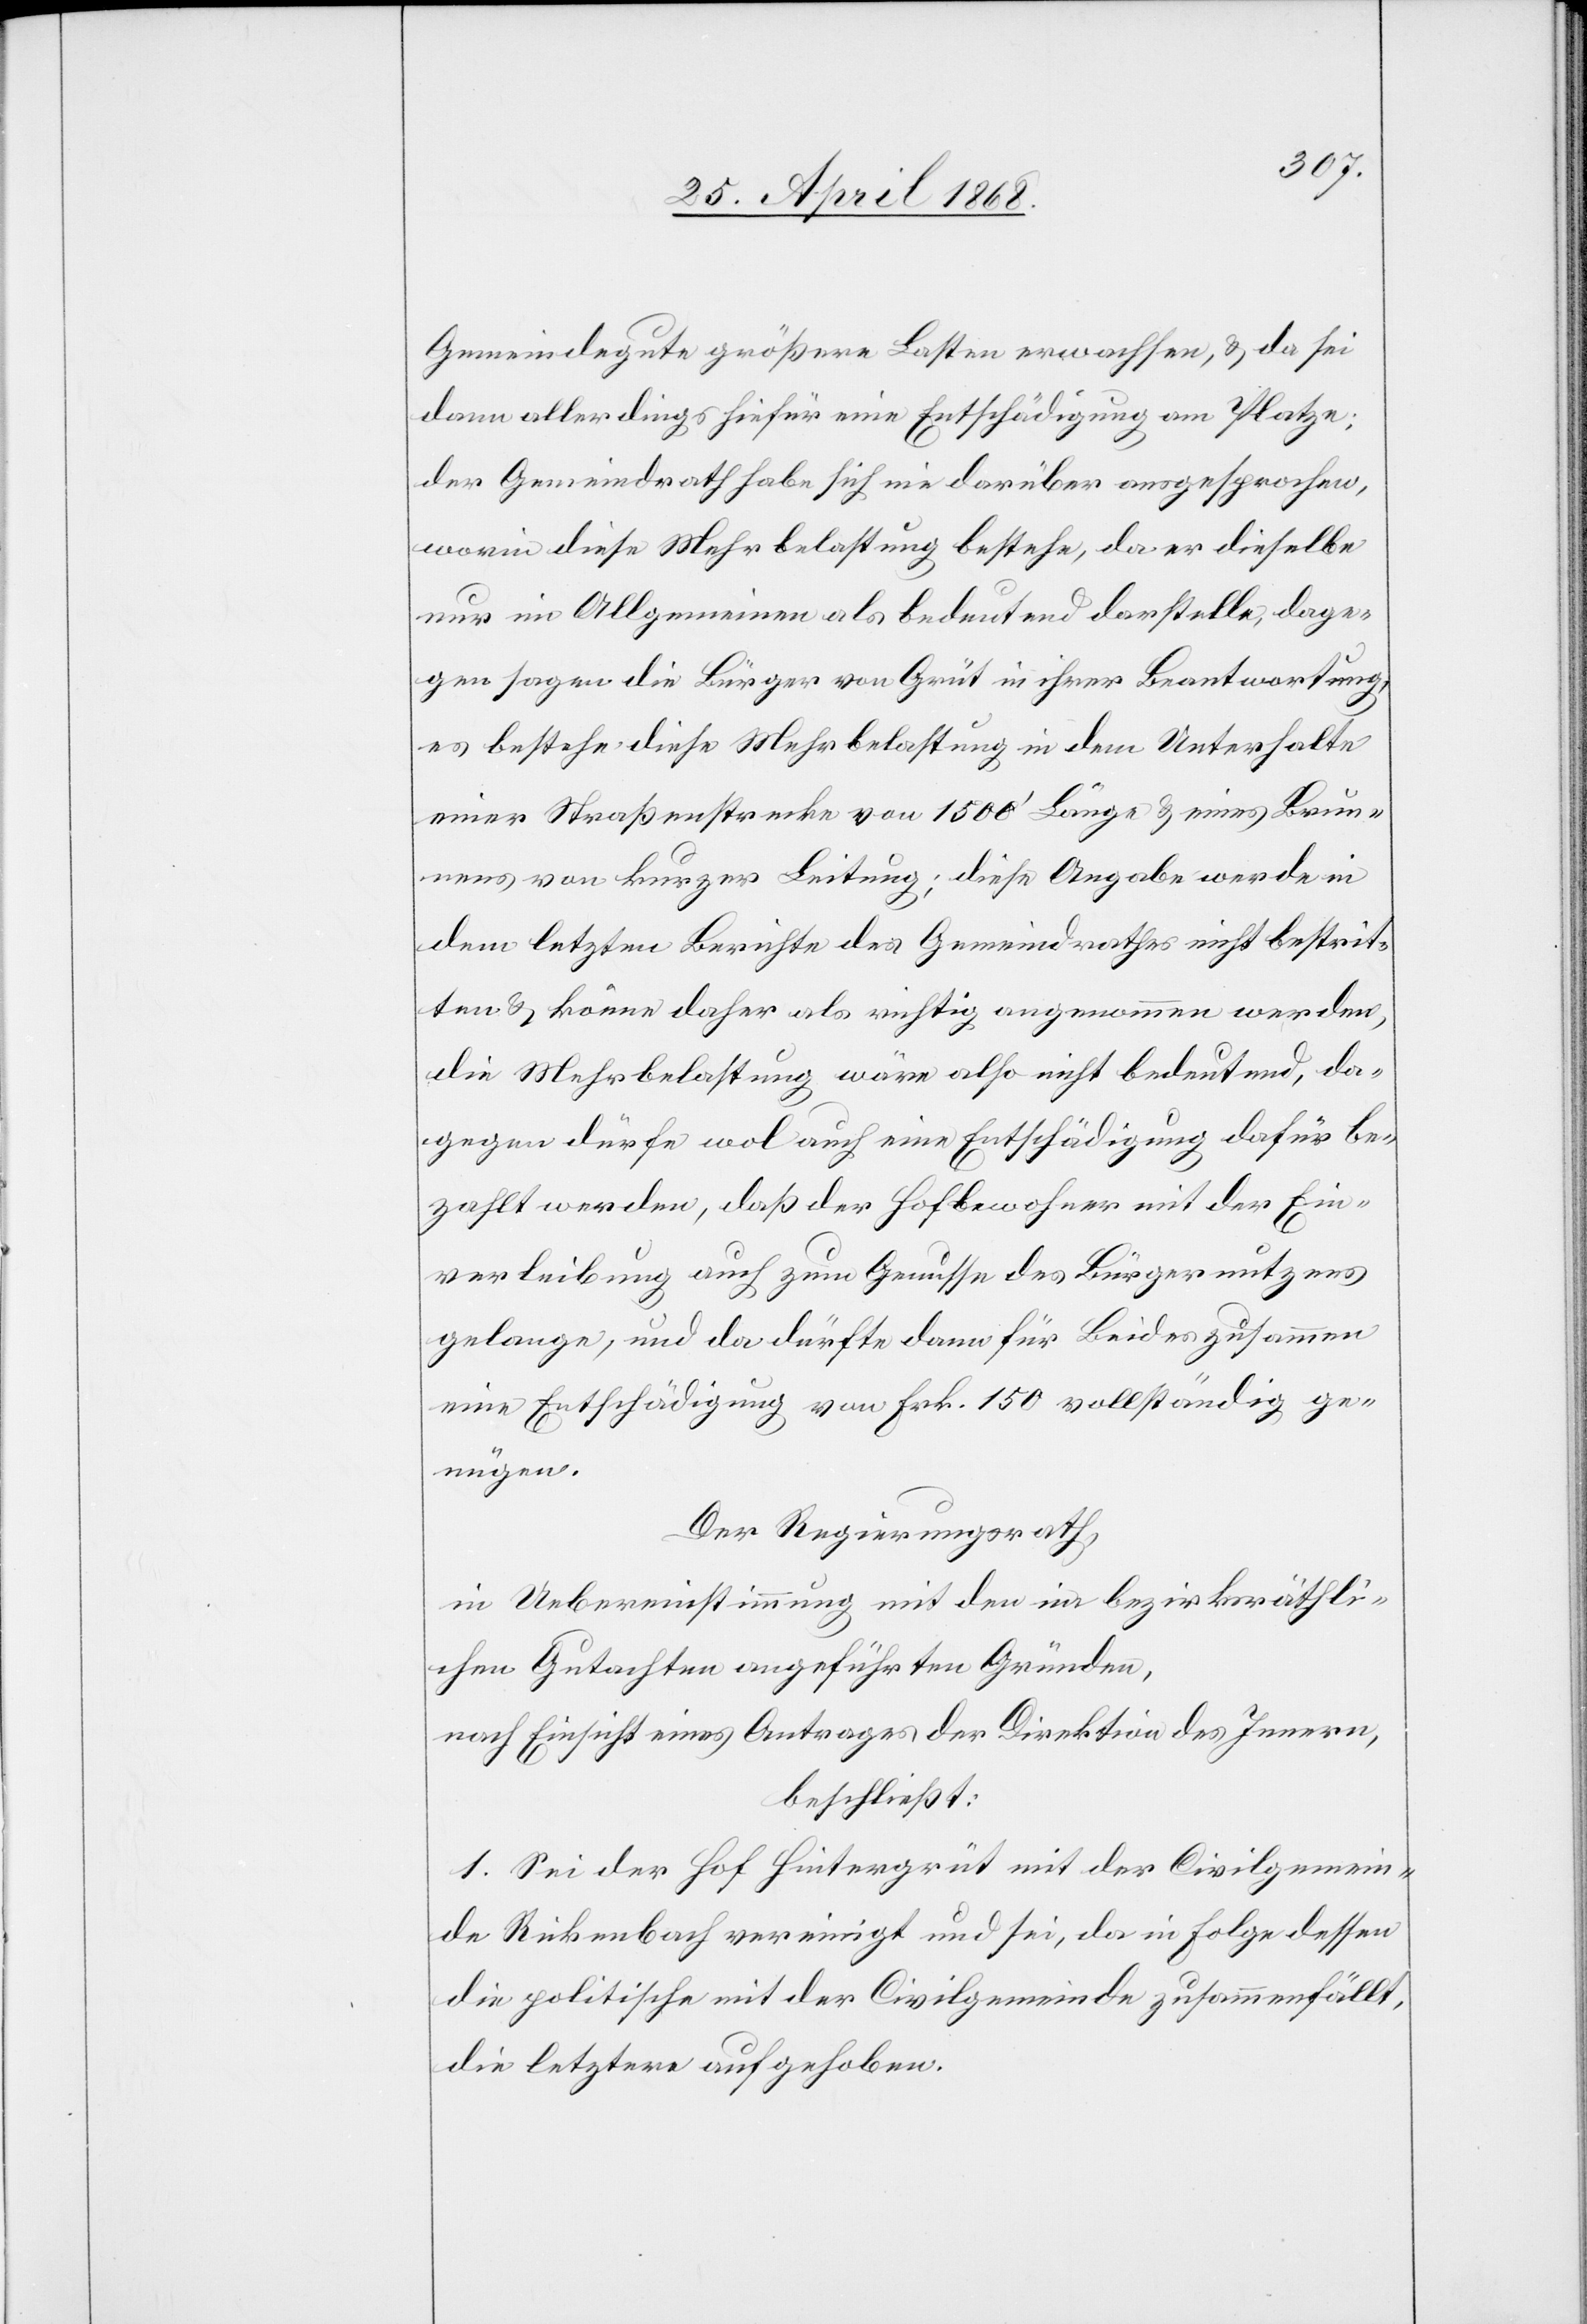
Gemeindegute größere Lasten erwachsen, & da sei
dann allerdings hiefür eine Entschädigung am Platze;
der Gemeindrath habe sich nie darüber ausgesprochen,
worin diese Mehrbelastung bestehe, da er dieselbe
nur im Allgemeinen als bedeutend darstelle, dage¬
gen sagen die Bürger von Grüt in ihrer Beantwortung,
es bestehe diese Mehrbelastung in dem Unterhalte
einer Straßenstrecke von 1500‘ Länge & eines Brun¬
nens von kurzer Leitung; diese Angabe werde in
dem letzten Berichte des Gemeindrathes nicht bestrit¬
ten & könne daher als richtig angenommen werden,
die Mehrbelastung wäre also nicht bedeutend, da¬
gegen dürfe wol auch eine Entschädigung dafür be¬
zahlt werden, daß der Hofbewohner mit der Ein¬
verleibung auch zum Genusse des Bürgernutzens
gelange, und da dürfte dann für Beides zusammen
eine Entschädigung von Frk. 150 vollständig ge¬
nügen.
Der Regierungsrath,
in Uebereinstimmung mit den im bezirksräthli¬
chen Gutachten angeführten Gründen,
nach Einsicht eines Antrages der Direktion des Innern,
beschließt:
1. Sei der Hof Hintergrüt mit der Civilgemein¬
de Rickenbach vereinigt und sei, da in Folge dessen
die politische mit der Civilgemeinde zusammenfällt,
die letztere aufgehoben.